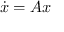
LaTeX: { \dot { x } } = A x